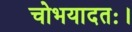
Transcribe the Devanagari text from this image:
चोभयादतः।